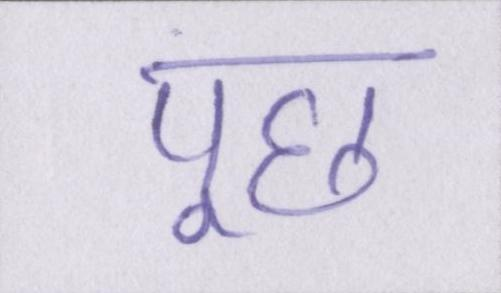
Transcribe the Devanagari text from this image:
पूछ